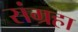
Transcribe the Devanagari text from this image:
संग्रहा